Annual report on the working of the lock hospitals in the Central Provinces
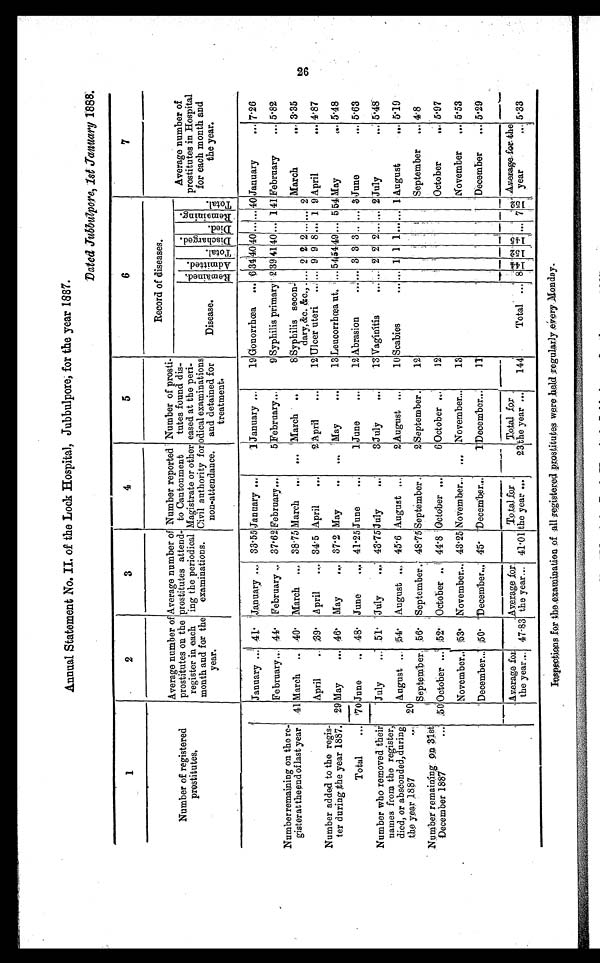
Annual Statement No. II. of the Lock Hospital, Jubbulpore, for the year 1887.
Dated Jubbulpore, 1s t
J a n u a r y
1 8 8 8 .
1
2
3
4
5
6
7
Number of registered
p r o s t i t u t e s .
Average number of
prostitutes on the
register in each
month and for the
year.
Average number of
prostitutes attend-
ing the periodical
examinations.
Number reported
to Cantonment
Magistrate or other
Civil authority for
non-attendance.
Number of prosti-
tutes found dis-
eased at the peri-
odical examinations
and detained for
treatment.
Record of diseases.
Average number of
prostitutes in Hospital
for each month and
the year.
Disease.
Remai ned. Admi t t e d.
Total.
Di s c h a r g e d .
Di ed.
R e m a i n i n g .
Tot al .
January ... 41. January .... 33.55 January ..,
1 January ...
19 Gonorrhœa ... 6 3 4 40 4 0 . . .
... 40 January
... 7.26
February... 44. February... 37.62 February...
5 February...
9 Syphilis primary 2 39 41 4 0 ... 1 41 February
... 5.82
Number remaining on the re-
gister at the end of last year 41 March
40 . March ... 38 . 75 March .., ...
March
8 Syphilis secon-
dary, &c. &c., ....
. . .
2 2 2
. . .
... 2
March
... 3.35
April
.. 39 . April
.,. 34. 5 April
..,
2 April
...
12 Ulcer uteri ... ... 9 9 8 ... 1 9 April
4.87
Number added to the regis-
ter during the year 1887. 29 May
... 46.
May
.,. 37.2 May
..
. . .
May
...
13 Leucorrhœa ut. ... 5 54 49 ... 5 54 May
,.. 5.48
Total
,.. 70 June
.. 48. June
.„. 41 .25 June
...
1 June
...
12 Abrasion
... ... 3 3 3 . . ... 3 June
... 5.63
Number who removed their
names from the register,
died, or absconded, during
the year 1887
,.
July
... 51 .
J u l y
43.75
July
3 July
...
18 Vaginitis
,..' ... 2 2 2 ... ... 2 July
... 5.48
20
August ... 54. August ... 45. 6 August ,..
2 August
10 Scabies
... ... 1 1 1 . . . ... 1 August
.., 5.19
September..
,56. September . 48.75 September .
2 September .
12
September
.., 4.8
Number remaining on 31st
December 1887
..; 50October ,.. 52. October .. 44.8 October ...
6 October ,
12
October
.., 5.97
November.. 53. November... 43 . 25 November... ... November...
13
November
,., 5.53
December... 50 . December.., 45. December...
1 December...
11
December
... 5.29
Average for
the year... 47.83
Average for
the year... 41.01
Total for
the year ...
23
Total for
the year ...
144
Total ... 8 1 4
4 1 5 2 1 4 5
... 7
1 5 2 Average for the
year
... 5.33
I n s p e c t i o n sf or t he e xa mi na t i on of a l l r e g i s t e r e d pr os t i t ut e s we r e h e l dr e g u l a r l y e v e r y Mo n d a y .
26